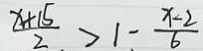
\frac { x + 1 5 } { 2 } > 1 - \frac { x - 2 } { 6 }